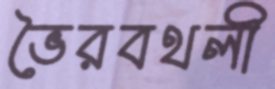
ভৈরবথলী